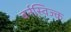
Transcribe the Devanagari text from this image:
बर्नस्विज्क